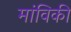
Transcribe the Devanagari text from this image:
मांविकी